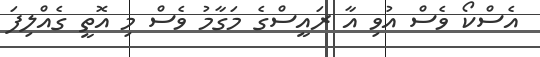
އެސްކޯ ވެސް އުވި އާ ރައީސްގެ މަގާމު ވެސް މި އޮތީ ގެއްލިފަ